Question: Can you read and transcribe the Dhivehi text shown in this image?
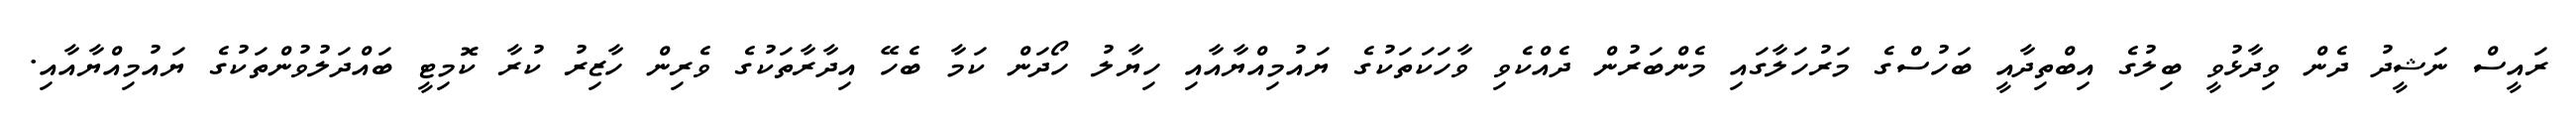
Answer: ރައީސް ނަޝީދު ދެން ވިދާޅުވީ ބިލުގެ އިބްތިދާއީ ބަހުސްގެ މަރުހަލާގައި މެންބަރުން ދެއްކެވި ވާހަކަތަކުގެ ޔައުމިއްޔާއާއި ހިޔާލު ހޯދަން ކަމާ ބެހޭ އިދާރާތަކުގެ ވެރިން ހާޒިރު ކުރާ ކޮމިޓީ ބައްދަލުވުންތަކުގެ ޔައުމިއްޔާއާއި.